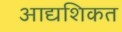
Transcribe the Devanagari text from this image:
आद्यशिकत